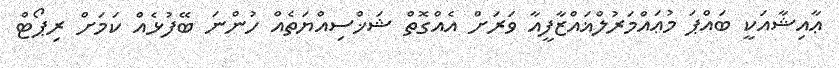
ޢާއިޝާއަކީ ބައްޕަ މުޢައްމަރުލްޣައްޒާފީއާ ވަރަށް އެއްގޮތް ޝަޚްސިއްޔަތެއް ހުންނަ ބޭފުޅެއް ކަމަށް ރިޕޯޓް